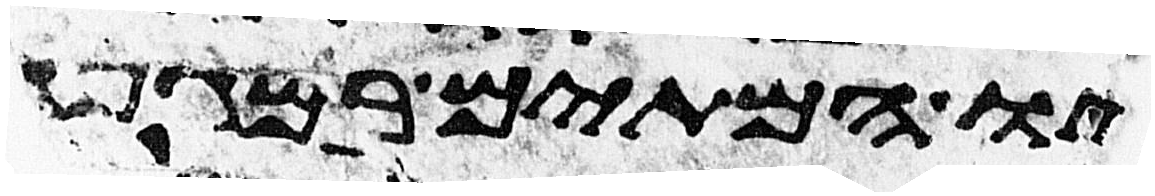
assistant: ויהיו המיתים במגפה